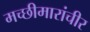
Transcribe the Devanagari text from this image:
मच्छीमारांचीर